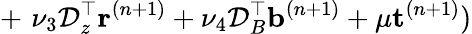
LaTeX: +\, \, \nu_{3}\mathcal{D}_{z}^{\top}{\mathbf{r}}^{(n+1)}+\nu_{4}\mathcal{D}_{B}^{\top}{\mathbf{b}}^{(n+1)}+\mu\mathbf{t}^{(n+1)})